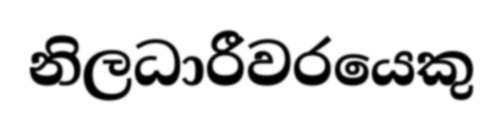
නිලධාරීවරයෙකු